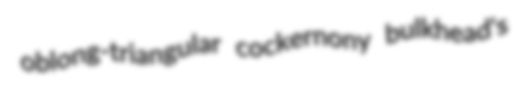
oblong-triangular cockernony bulkhead's